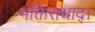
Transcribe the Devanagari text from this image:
भक्तिराधाद्।